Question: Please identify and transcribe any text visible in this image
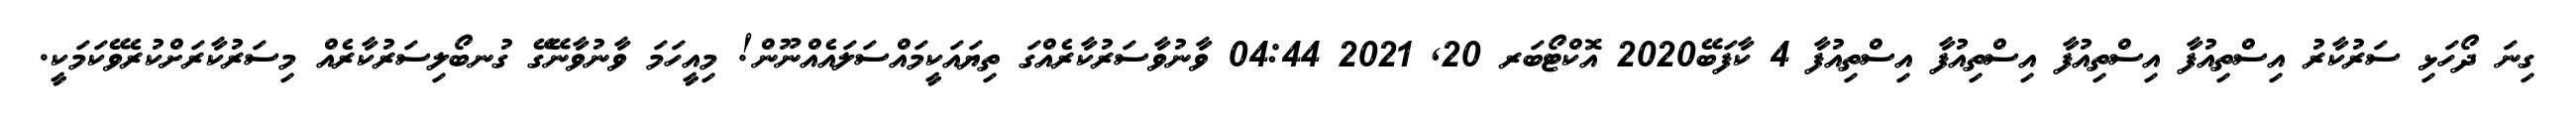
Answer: ގިނަ ދޯހަޅި ސަރުކާރު އިސްތިއުފާ އިސްތިއުފާ އިސްތިއުފާ އިސްތިއުފާ 4 ކާފަބޭ2020 އޮކްޓޯބަރ 20, 2021 04:44 ވާނުވާސަރުކާރެއްގަ ތިޔައަކީމައްސަލައެއްނޫން! މިއީހަމަ ވާނުވާނޭގޭ ގުނބޯލިސަރުކާރެއް މިސަރުކާރަށްކުރެވޭކަމަކީ.